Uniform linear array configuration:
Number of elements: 16
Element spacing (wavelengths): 1
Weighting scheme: hamming
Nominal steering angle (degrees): -60
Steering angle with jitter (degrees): -58.773
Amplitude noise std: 0.05
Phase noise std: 0.05

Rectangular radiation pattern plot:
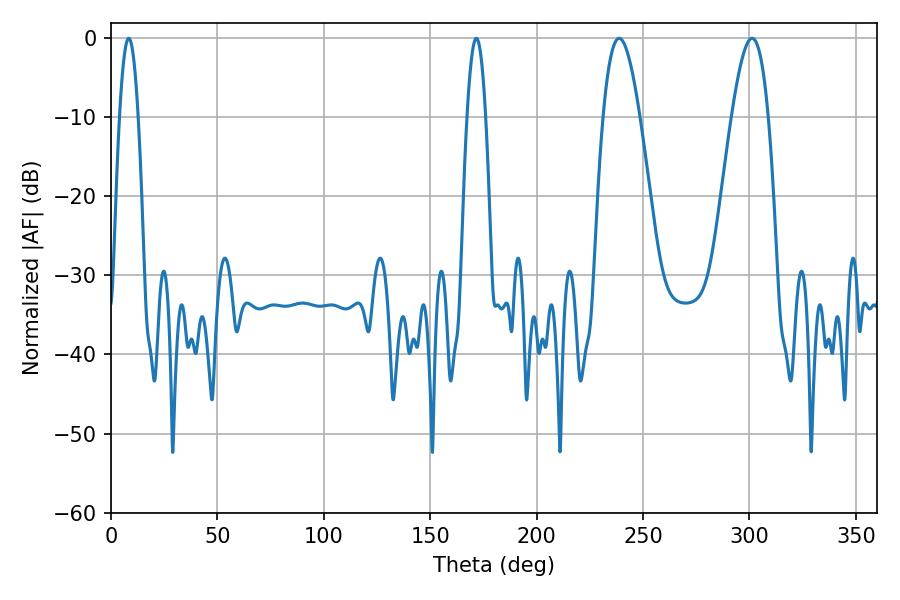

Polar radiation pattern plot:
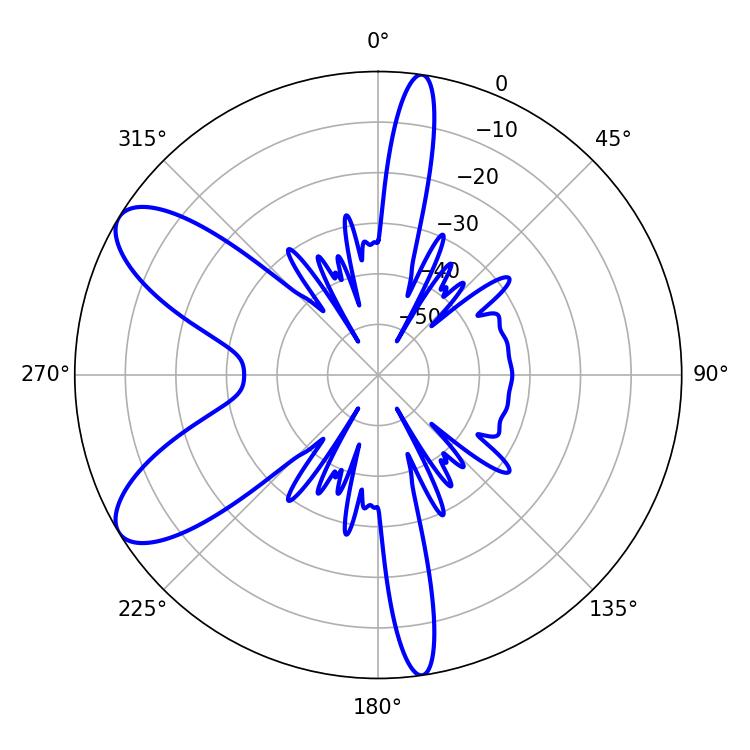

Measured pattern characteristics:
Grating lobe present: TRUE
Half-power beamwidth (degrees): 9.36
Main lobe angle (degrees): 238.86